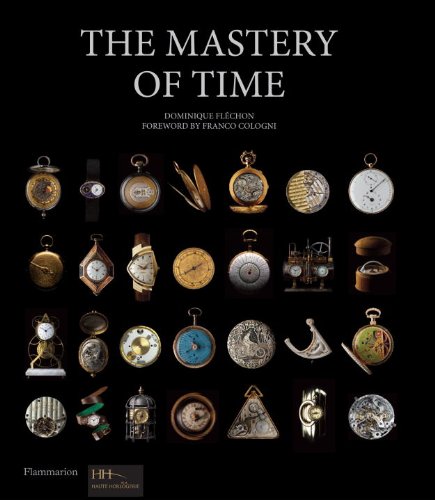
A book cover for The Mastery of Time: A History of Timekeeping, from the Sundial to the Wristwatch: Discoveries, Inventions, and Advances in Master Watchmaking; Dominique Flechon; Crafts, Hobbies & Home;